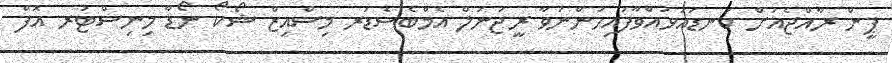
ޕީން ރާއްޖެއަށް ކަނޑައަޅުއްވާފައިހުންނަވާ ރީޖަނަލް އެމްބެސެޑަރ މިސްއިޒް ޝޯކޯ ނޯޑާ މިނިސްޓަރ އޮފް